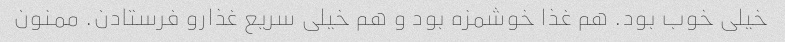
خیلی خوب بود. هم غذا خوشمزه بود و هم خیلی سریع غذارو فرستادن. ممنون